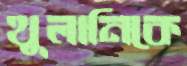
থুলানিকে